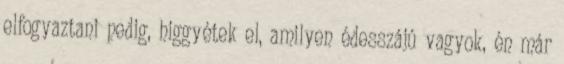
elfogyaztani pedig, higgyétek el, amilyen édesszájú vagyok, én már